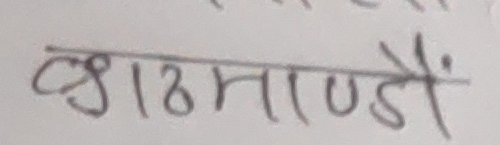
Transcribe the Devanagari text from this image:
काठमाण्डौं